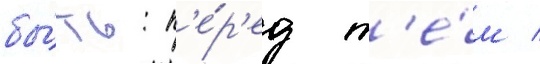
бы́ть: п'е́р'ед т'е́м /